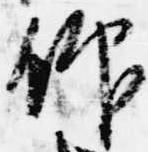
仰